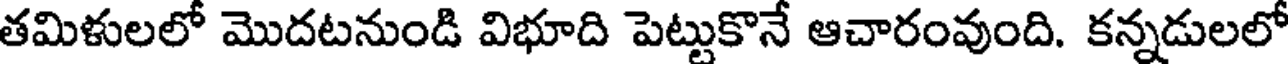
తమిళులలో మొదటనుండి విభూది పెట్టుకొనే ఆచారంవుంది. కన్నడులలో